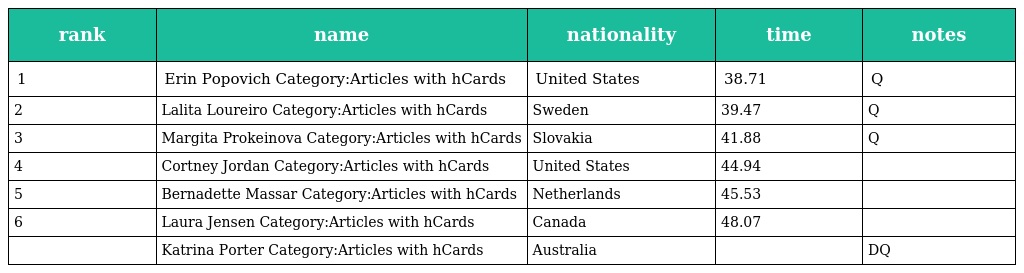
| rank | name | nationality | time | notes |
 | --- | --- | --- | --- | --- |
 | 1 | Erin Popovich Category:Articles with hCards | United States | 38.71 | Q |
 | 2 | Lalita Loureiro Category:Articles with hCards | Sweden | 39.47 | Q |
 | 3 | Margita Prokeinova Category:Articles with hCards | Slovakia | 41.88 | Q |
 | 4 | Cortney Jordan Category:Articles with hCards | United States | 44.94 |  |
 | 5 | Bernadette Massar Category:Articles with hCards | Netherlands | 45.53 |  |
 | 6 | Laura Jensen Category:Articles with hCards | Canada | 48.07 |  |
 |  | Katrina Porter Category:Articles with hCards | Australia |  | DQ |